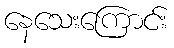
နေသေးကြောင်း